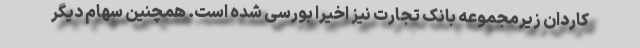
کاردان زیرمجموعه بانک تجارت نیز اخیرا بورسی شده است. همچنین سهام دیگر